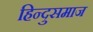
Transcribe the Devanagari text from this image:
हिन्दुसमाज